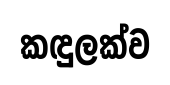
කඳුලක්ව